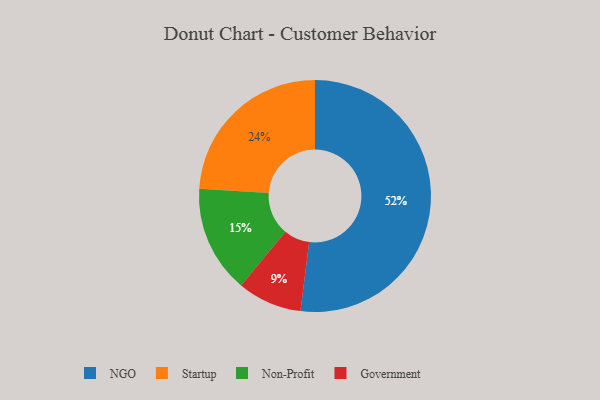
{"axis": {"x": "Category", "y": "Percentage"}, "legend": ["Government", "NGO", "Non-Profit", "Startup"], "data": [{"x": "Non-Profit", "y": 15, "type": "Non-Profit"}, {"x": "Startup", "y": 24, "type": "Startup"}, {"x": "Government", "y": 9, "type": "Government"}, {"x": "NGO", "y": 52, "type": "NGO"}]}